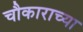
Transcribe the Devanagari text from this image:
चौकाराच्या